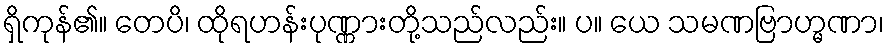
ရှိကုန်၏။ တေပိ၊ ထိုရဟန်းပုဏ္ဏားတို့သည်လည်း။ ပ။ ယေ သမဏဗြာဟ္မဏာ၊